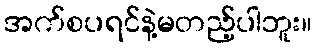
အက်စပရင်နဲ့မတည့်ပါဘူး။